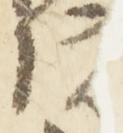
院